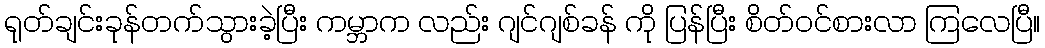
ရုတ်ချင်းခုန်တက်သွားခဲ့ပြီး ကမ္ဘာက လည်း ဂျင်ဂျစ်ခန် ကို ပြန်ပြီး စိတ်ဝင်စားလာ ကြလေပြီ။